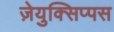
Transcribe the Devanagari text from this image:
ज़ेयुक्सिप्पस